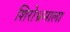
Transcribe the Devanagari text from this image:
शिरोभ्रमाला